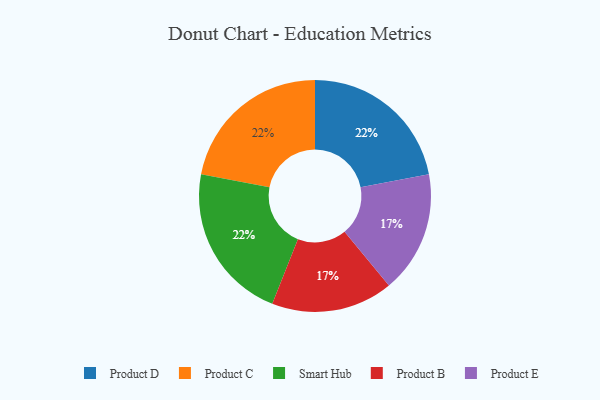
{"axis": {"x": "Category", "y": "Percentage"}, "legend": ["Product B", "Product C", "Product D", "Product E", "Smart Hub"], "data": [{"x": "Product D", "y": 22, "type": "Product D"}, {"x": "Product B", "y": 17, "type": "Product B"}, {"x": "Product C", "y": 22, "type": "Product C"}, {"x": "Product E", "y": 17, "type": "Product E"}, {"x": "Smart Hub", "y": 22, "type": "Smart Hub"}]}